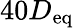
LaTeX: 40D_{\textup{eq}}